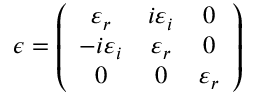
\epsilon = \left( \begin{array} { c c c } { \varepsilon _ { r } } & { i \varepsilon _ { i } } & { 0 } \\ { - i \varepsilon _ { i } } & { \varepsilon _ { r } } & { 0 } \\ { 0 } & { 0 } & { \varepsilon _ { r } } \end{array} \right)